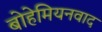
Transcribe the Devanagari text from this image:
बोहेमियनवाद